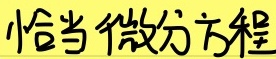
恰当微分方程